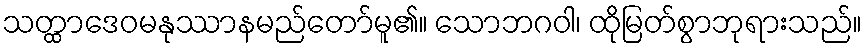
သတ္ထာဒေဝမနုဿာနမည်တော်မူ၏။ သောဘဂဝါ၊ ထိုမြတ်စွာဘုရားသည်။